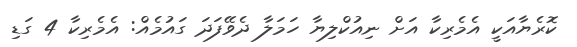
ކޮރެޔާއަކީ އެމެރިކާ އަށް ނިއުކްލިޔާ ހަމަލާ ދެވޭފަދަ ގައުމެއް: އެމެރިކާ 4 ގަޑި